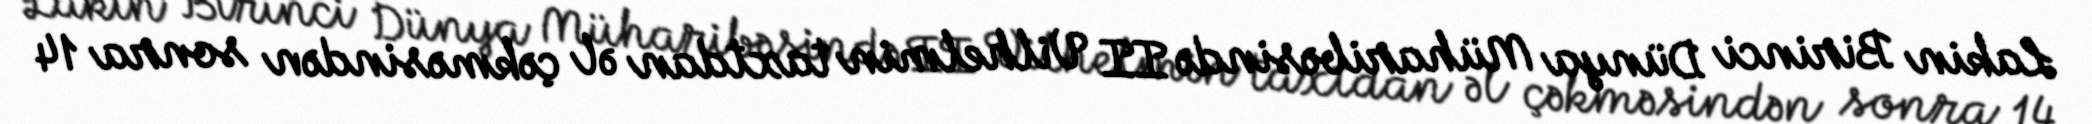
Lakin Birinci Dünya Müharibəsində II Vilhelmin taxtdan əl çəkməsindən sonra 14